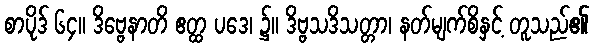
စာပိုဒ် ၆၄။ ဒိဗ္ဗေနာတိ ဧတ္ထ ပဒေ၊ ၌။ ဒိဗ္ဗသဒိသတ္တာ၊ နတ်မျက်စိနှင့် တူသည်၏